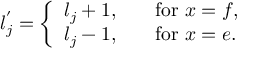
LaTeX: l _ { j } ^ { ' } = \left\{ \begin{array} { l l } { { l _ { j } + 1 , } } & { { \quad \mathrm { f o r } \ x = f , } } \\ { { l _ { j } - 1 , } } & { { \quad \mathrm { f o r } \ x = e . } } \end{array} \right.